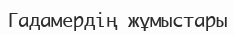
Гадамердің жұмыстары